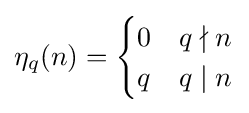
\eta _{q}(n)={\begin{cases}0&q\nmid n\\q&q\mid n\\\end{cases}}